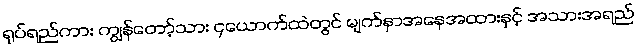
ရုပ်ရည်ကား ကျွန်တော့်သား ၄ယောက်ထဲတွင် မျက်နှာအနေအထားနှင့် အသားအရည်